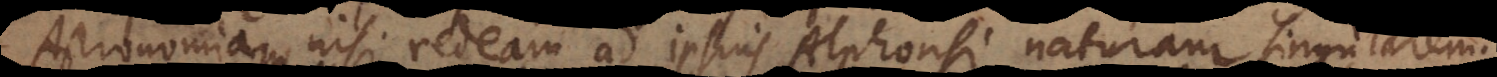
Astronomiam, nisi redeam ad ipsius Alphonsi naturam singularem